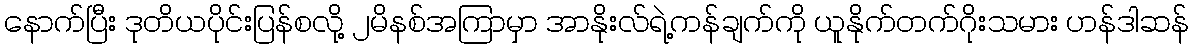
နောက်ပြီး ဒုတိယပိုင်းပြန်စလို့ ၂မိနစ်အကြာမှာ အာနိုးလ်ရဲ့ကန်ချက်ကို ယူနိုက်တက်ဂိုးသမား ဟန်ဒါဆန်